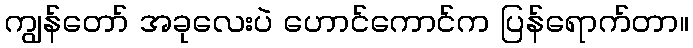
ကျွန်တော် အခုလေးပဲ ဟောင်ကောင်က ပြန်ရောက်တာ။